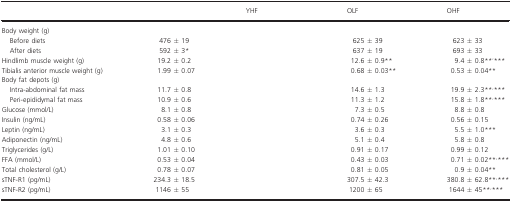
<table><thead><tr><td>[EMPTY_CELL]</td><td>[EMPTY_CELL]</td><td><b>YHF</b></td><td><b>OLF</b></td><td><b>OHF</b></td></tr></thead><tbody><tr><td colspan="5">Body weight (g)</td></tr><tr><td> Before diets</td><td>476 ± 19</td><td>[EMPTY_CELL]</td><td>625 ± 39</td><td>623 ± 33</td></tr><tr><td> After diets</td><td>592 ± 3*</td><td>[EMPTY_CELL]</td><td>637 ± 19</td><td>693 ± 33</td></tr><tr><td>Hindlimb muscle weight (g)</td><td>19.2 ± 0.2</td><td>[EMPTY_CELL]</td><td>12.6 ± 0.9**</td><td>9.4 ± 0.8**,***</td></tr><tr><td>Tibialis anterior muscle weight (g)</td><td>1.99 ± 0.07</td><td>[EMPTY_CELL]</td><td>0.68 ± 0.03**</td><td>0.53 ± 0.04**</td></tr><tr><td colspan="5">Body fat depots (g)</td></tr><tr><td> Intra-abdominal fat mass</td><td>11.7 ± 0.8</td><td>[EMPTY_CELL]</td><td>14.6 ± 1.3</td><td>19.9 ± 2.3**,***</td></tr><tr><td> Peri-epididymal fat mass</td><td>10.9 ± 0.6</td><td>[EMPTY_CELL]</td><td>11.3 ± 1.2</td><td>15.8 ± 1.8**,***</td></tr><tr><td>Glucose (mmol/L)</td><td>8.1 ± 0.8</td><td>[EMPTY_CELL]</td><td>7.3 ± 0.5</td><td>8.8 ± 0.8</td></tr><tr><td>Insulin (ng/mL)</td><td>0.58 ± 0.06</td><td>[EMPTY_CELL]</td><td>0.74 ± 0.26</td><td>0.56 ± 0.15</td></tr><tr><td>Leptin (ng/mL)</td><td>3.1 ± 0.3</td><td>[EMPTY_CELL]</td><td>3.6 ± 0.3</td><td>5.5 ± 1.0***</td></tr><tr><td>Adiponectin (ng/mL)</td><td>4.8 ± 0.6</td><td>[EMPTY_CELL]</td><td>5.1 ± 0.4</td><td>5.8 ± 0.8</td></tr><tr><td>Triglycerides (g/L)</td><td>1.01 ± 0.10</td><td>[EMPTY_CELL]</td><td>0.91 ± 0.17</td><td>0.99 ± 0.12</td></tr><tr><td>FFA (mmol/L)</td><td>0.53 ± 0.04</td><td>[EMPTY_CELL]</td><td>0.43 ± 0.03</td><td>0.71 ± 0.02*****</td></tr><tr><td>Total cholesterol (g/L)</td><td>0.78 ± 0.07</td><td>[EMPTY_CELL]</td><td>0.81 ± 0.05</td><td>0.9 ± 0.04**</td></tr><tr><td>sTNF-R1 (pg/mL)</td><td>234.3 ± 18.5</td><td>[EMPTY_CELL]</td><td>307.5 ± 42.3</td><td>380.8 ± 62.8**,***</td></tr><tr><td>sTNF-R2 (pg/mL)</td><td>1146 ± 55</td><td>[EMPTY_CELL]</td><td>1200 ± 65</td><td>1644 ± 45**,***</td></tr></tbody></table>